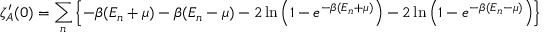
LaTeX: \zeta _ { A } ^ { \prime } ( 0 ) = \sum _ { n } \left\{ - \beta ( E _ { n } + \mu ) - \beta ( E _ { n } - \mu ) - 2 \ln \left( 1 - e ^ { - \beta ( E _ { n } + \mu ) } \right) - 2 \ln \left( 1 - e ^ { - \beta ( E _ { n } - \mu ) } \right) \right\}